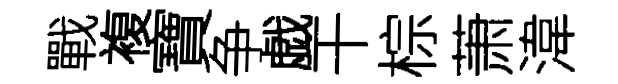
戰複寶争戯干棕萧湋